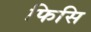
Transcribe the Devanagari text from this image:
फिसि